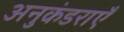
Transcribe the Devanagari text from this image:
अनुकंडराएँ